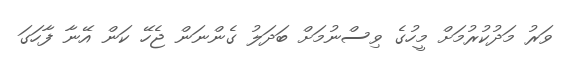
ވަރު މަދުކުރުމަށް މީހުގެ ވިސްނުމަށް ބަދަލު ގެންނަން ޖެހޭ ކަން އޭނާ ފާހަގަ